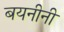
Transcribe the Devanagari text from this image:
बयनीनी